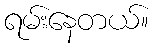
ရမ်းနေတယ်။